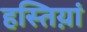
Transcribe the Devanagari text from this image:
हस्तिय़ां